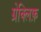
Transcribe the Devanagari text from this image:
ग्रेक्लिफ़